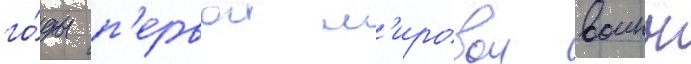
го́ды п'ервои м'ировои воины